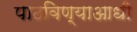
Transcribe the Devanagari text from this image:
पाठविण्याआधी